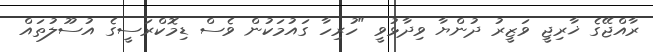
ރާއްޖޭގެ ޚާރިޖީ ވަޒީރު ދުންޔާ ވިދާޅުވީ "ހުރިހާ ގައުމަކުން ވެސް ޑިމޮކްރަސީގެ އުސޫލުތައް